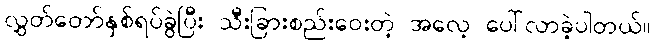
လွှတ်တော်နှစ်ရပ်ခွဲပြီး သီးခြားစည်းဝေးတဲ့ အလေ့ ပေါ်လာခဲ့ပါတယ်။